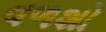
વળશો